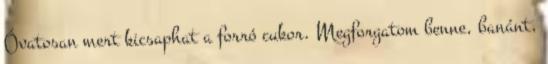
Óvatosan mert kicsaphat a forró cukor. Megforgatom benne, banánt,